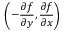
\left( - \frac { \partial f } { \partial y } , \frac { \partial f } { \partial x } \right)